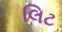
લિટ